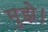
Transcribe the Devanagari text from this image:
मुझे।